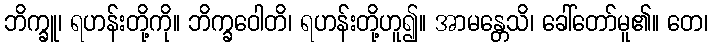
ဘိက္ခူ၊ ရဟန်းတို့ကို။ ဘိက္ခဝေါတိ၊ ရဟန်းတို့ဟူ၍။ အာမန္တေသိ၊ ခေါ်တော်မူ၏။ တေ၊